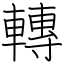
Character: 轉